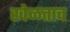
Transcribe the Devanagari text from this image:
खेळताच